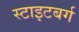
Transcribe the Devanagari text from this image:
स्टाइटबर्ग